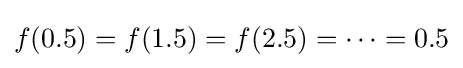
f(0.5)=f(1.5)=f(2.5)=\cdots =0.5